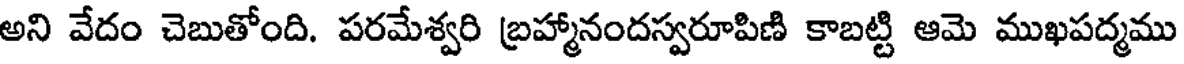
అని వేదం చెబుతోంది. పరమేశ్వరి బ్రహ్మానందస్వరూపిణి కాబట్టి ఆమె ముఖపద్మము